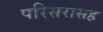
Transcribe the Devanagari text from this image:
परिसरासह